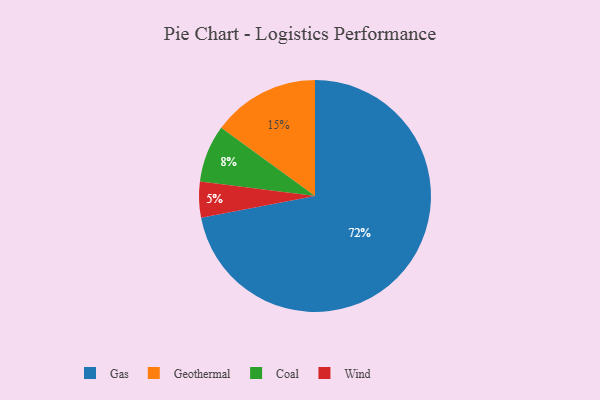
{"axis": {"x": "Category", "y": "Percentage"}, "legend": ["Coal", "Gas", "Geothermal", "Wind"], "data": [{"x": "Coal", "y": 8, "type": "Coal"}, {"x": "Gas", "y": 72, "type": "Gas"}, {"x": "Geothermal", "y": 15, "type": "Geothermal"}, {"x": "Wind", "y": 5, "type": "Wind"}]}